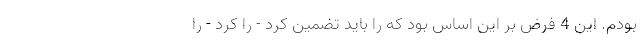
بودم. این 4 فرض بر این اساس بود که را باید تضمین کرد - را کرد - را